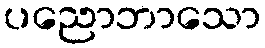
ပညောဘာသော